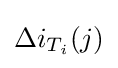
\Delta i_{T_{i}}(j)